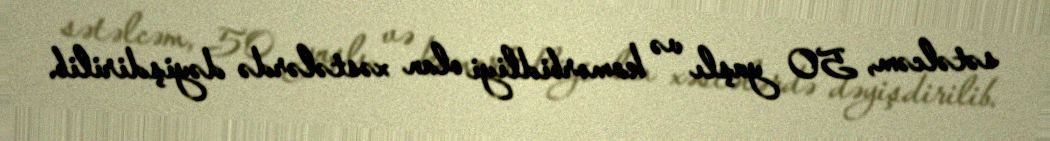
sətəlcəm, 50 yaşlı və komorbidliyi olan xəstələrdə dəyişdirilib.